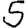
Digit: 5